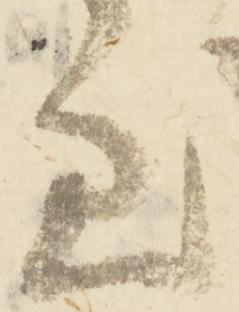
至